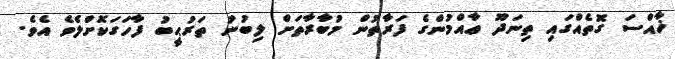
ޚާއްސަ ގޮތެއްގައި ތިނަދޫ ޢާއްމުންގެ ފަރާތުން މުބާރާތަށް ލިބުނު ތަރުޙީބު ފާހަގަކޮށްލެވެ އެވެ.